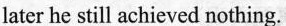
later he still achieved nothing.